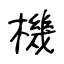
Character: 機